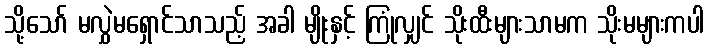
သို့သော် မလွှဲမရှောင်သာသည့် အခါ မျိုးနှင့် ကြုံလျှင် သိုးထီးများသာမက သိုးမများကပါ